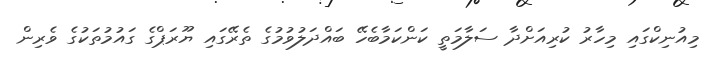
މިއުނިކްގައި މިހާރު ކުރިއަށްދާ ސަލާމަތީ ކަންކަމާބެހޭ ބައްދަލުވުމުގެ ތެރޭގައި ޔޫރަޕްގެ ގައުމުތަކުގެ ވެރިން